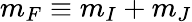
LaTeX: m_{F}\equiv m_{I}+m_{J}